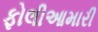
ફોલીઆમારી